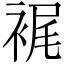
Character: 𧚟